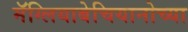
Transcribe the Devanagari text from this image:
मॅग्लियाबेचियानोच्या